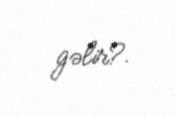
gəlir?.